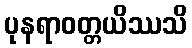
ပုနရာဝတ္တယိဿသိ